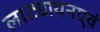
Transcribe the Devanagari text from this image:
लाट्यायनएवं